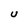
Character: u